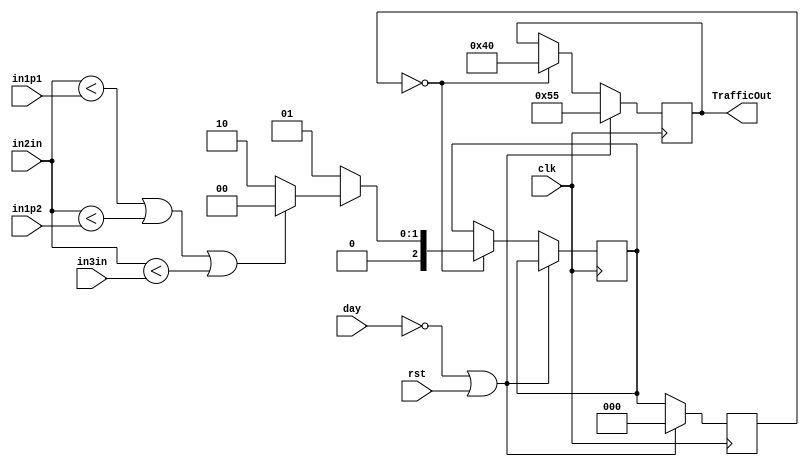
`timescale 1ns / 1ps
//////////////////////////////////////////////////////////////////////////////////
// Company: 
// Engineer: 
// 
// Design Name: 
// Module Name: TLC2
// Project Name: 
// Target Devices: 
// Tool Versions: 
// Description: 
// 
// Dependencies: 
// 
// Revision:
// Revision 0.01 - File Created
// Additional Comments:
// 
//////////////////////////////////////////////////////////////////////////////////


module TLC2 #(
parameter SENSOR_DATA_WIDTH = 8,
parameter NUM_LANES = 4,
parameter NUM_LANE_BITS = 2*NUM_LANES-1)
(
input[SENSOR_DATA_WIDTH -1 : 0] in1p1,in1p2,in2in,in3in,
input day,clk,rst,
output reg[NUM_LANE_BITS -1 : 0] TrafficOut
    );
    
reg[2:0] state,next_state;
reg counter_green_en,counter_orange_en;
wire counter_green_done,counter_orange_done;
//next state generation


always@(posedge clk)
begin
    state <= next_state;
   
    if(~day || rst)
    begin
        TrafficOut <= 8'b01_01_01_01;
        state <= 00;     
    end
    else
    begin
        case(state)
            //1st tl
            4'b000:
            begin
                TrafficOut <= 8'b11_00_00_00;
                next_state <= 3'b001;
                counter_green_en <= 1'b1;                  
                if(counter_green_done)
                begin
                    counter_green_en <= 1'b0;
                    if( (in2in < in1p1 ) || (in2in < in1p2) || (in2in < in3in) )
                        next_state <= 3'b000;   //count another green or we one can have custom count here
                    else 
                        next_state <= 3'b010;   //moveon to orange
                end
                else
                begin
                    next_state <= 3'b001;                    
                end
                TrafficOut <= 8'b11_00_00_00;
            end
            
        endcase
    end
end





endmodule